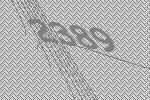
2389